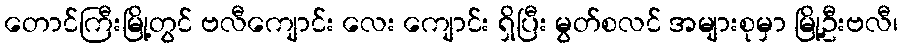
တောင်ကြီးမြို့တွင် ဗလီကျောင်း လေး ကျောင်း ရှိပြီး မွတ်စလင် အများစုမှာ မြို့ဦးဗလီ၊